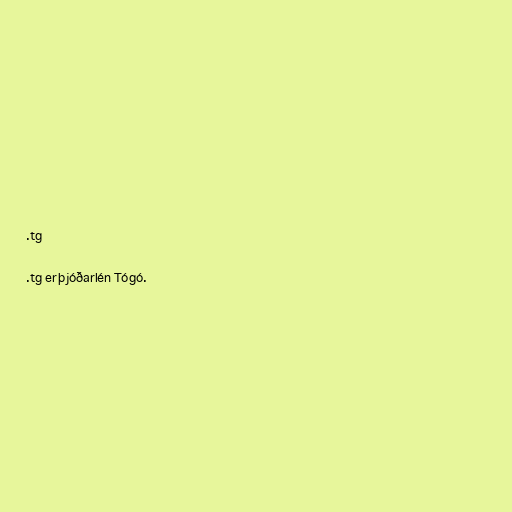
.tg

.tg er þjóðarlén Tógó.